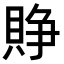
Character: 𧶄